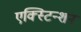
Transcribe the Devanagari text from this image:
एक्स्टिन्शन